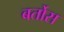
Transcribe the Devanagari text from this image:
बर्तोस